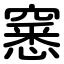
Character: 窸